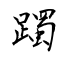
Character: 躅